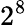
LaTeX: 2^{8}